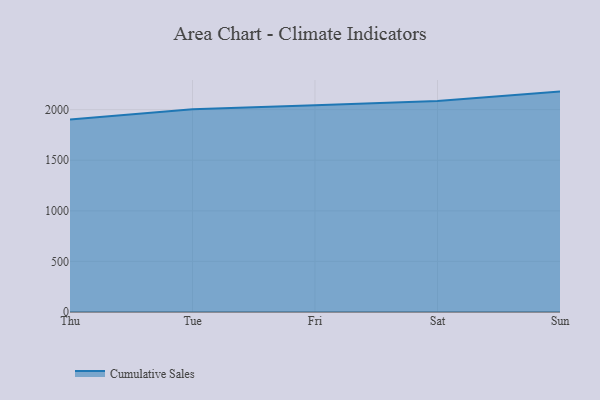
{"axis": {"x": "Day", "y": "Revenue (USD Million)"}, "legend": ["Cumulative Sales"], "data": [{"x": "Thu", "y": 1902.7, "type": "Cumulative Sales"}, {"x": "Tue", "y": 2004.7, "type": "Cumulative Sales"}, {"x": "Fri", "y": 2044.4, "type": "Cumulative Sales"}, {"x": "Sat", "y": 2085.0, "type": "Cumulative Sales"}, {"x": "Sun", "y": 2178.2, "type": "Cumulative Sales"}]}